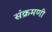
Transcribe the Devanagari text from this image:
संक्रमणी